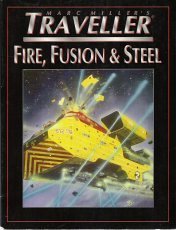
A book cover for Fire, Fusion and Steel: Traveller Role Playing Game; Marc Miller; Science Fiction & Fantasy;